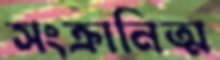
সংক্রানিত্ম